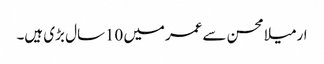
ارمیلا محسن سے عمرمیں 10سال بڑی ہیں۔